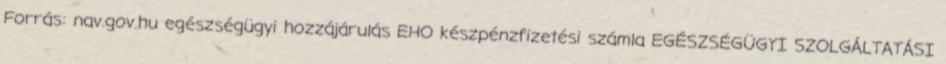
Forrás: nav.gov.hu egészségügyi hozzájárulás EHO készpénzfizetési számla EGÉSZSÉGÜGYI SZOLGÁLTATÁSI